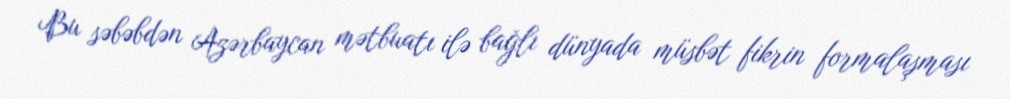
Bu səbəbdən Azərbaycan mətbuatı ilə bağlı dünyada müsbət fikrin formalaşması